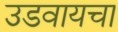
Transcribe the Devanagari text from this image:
उडवायचा